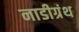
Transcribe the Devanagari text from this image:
नाडीग्रंथ